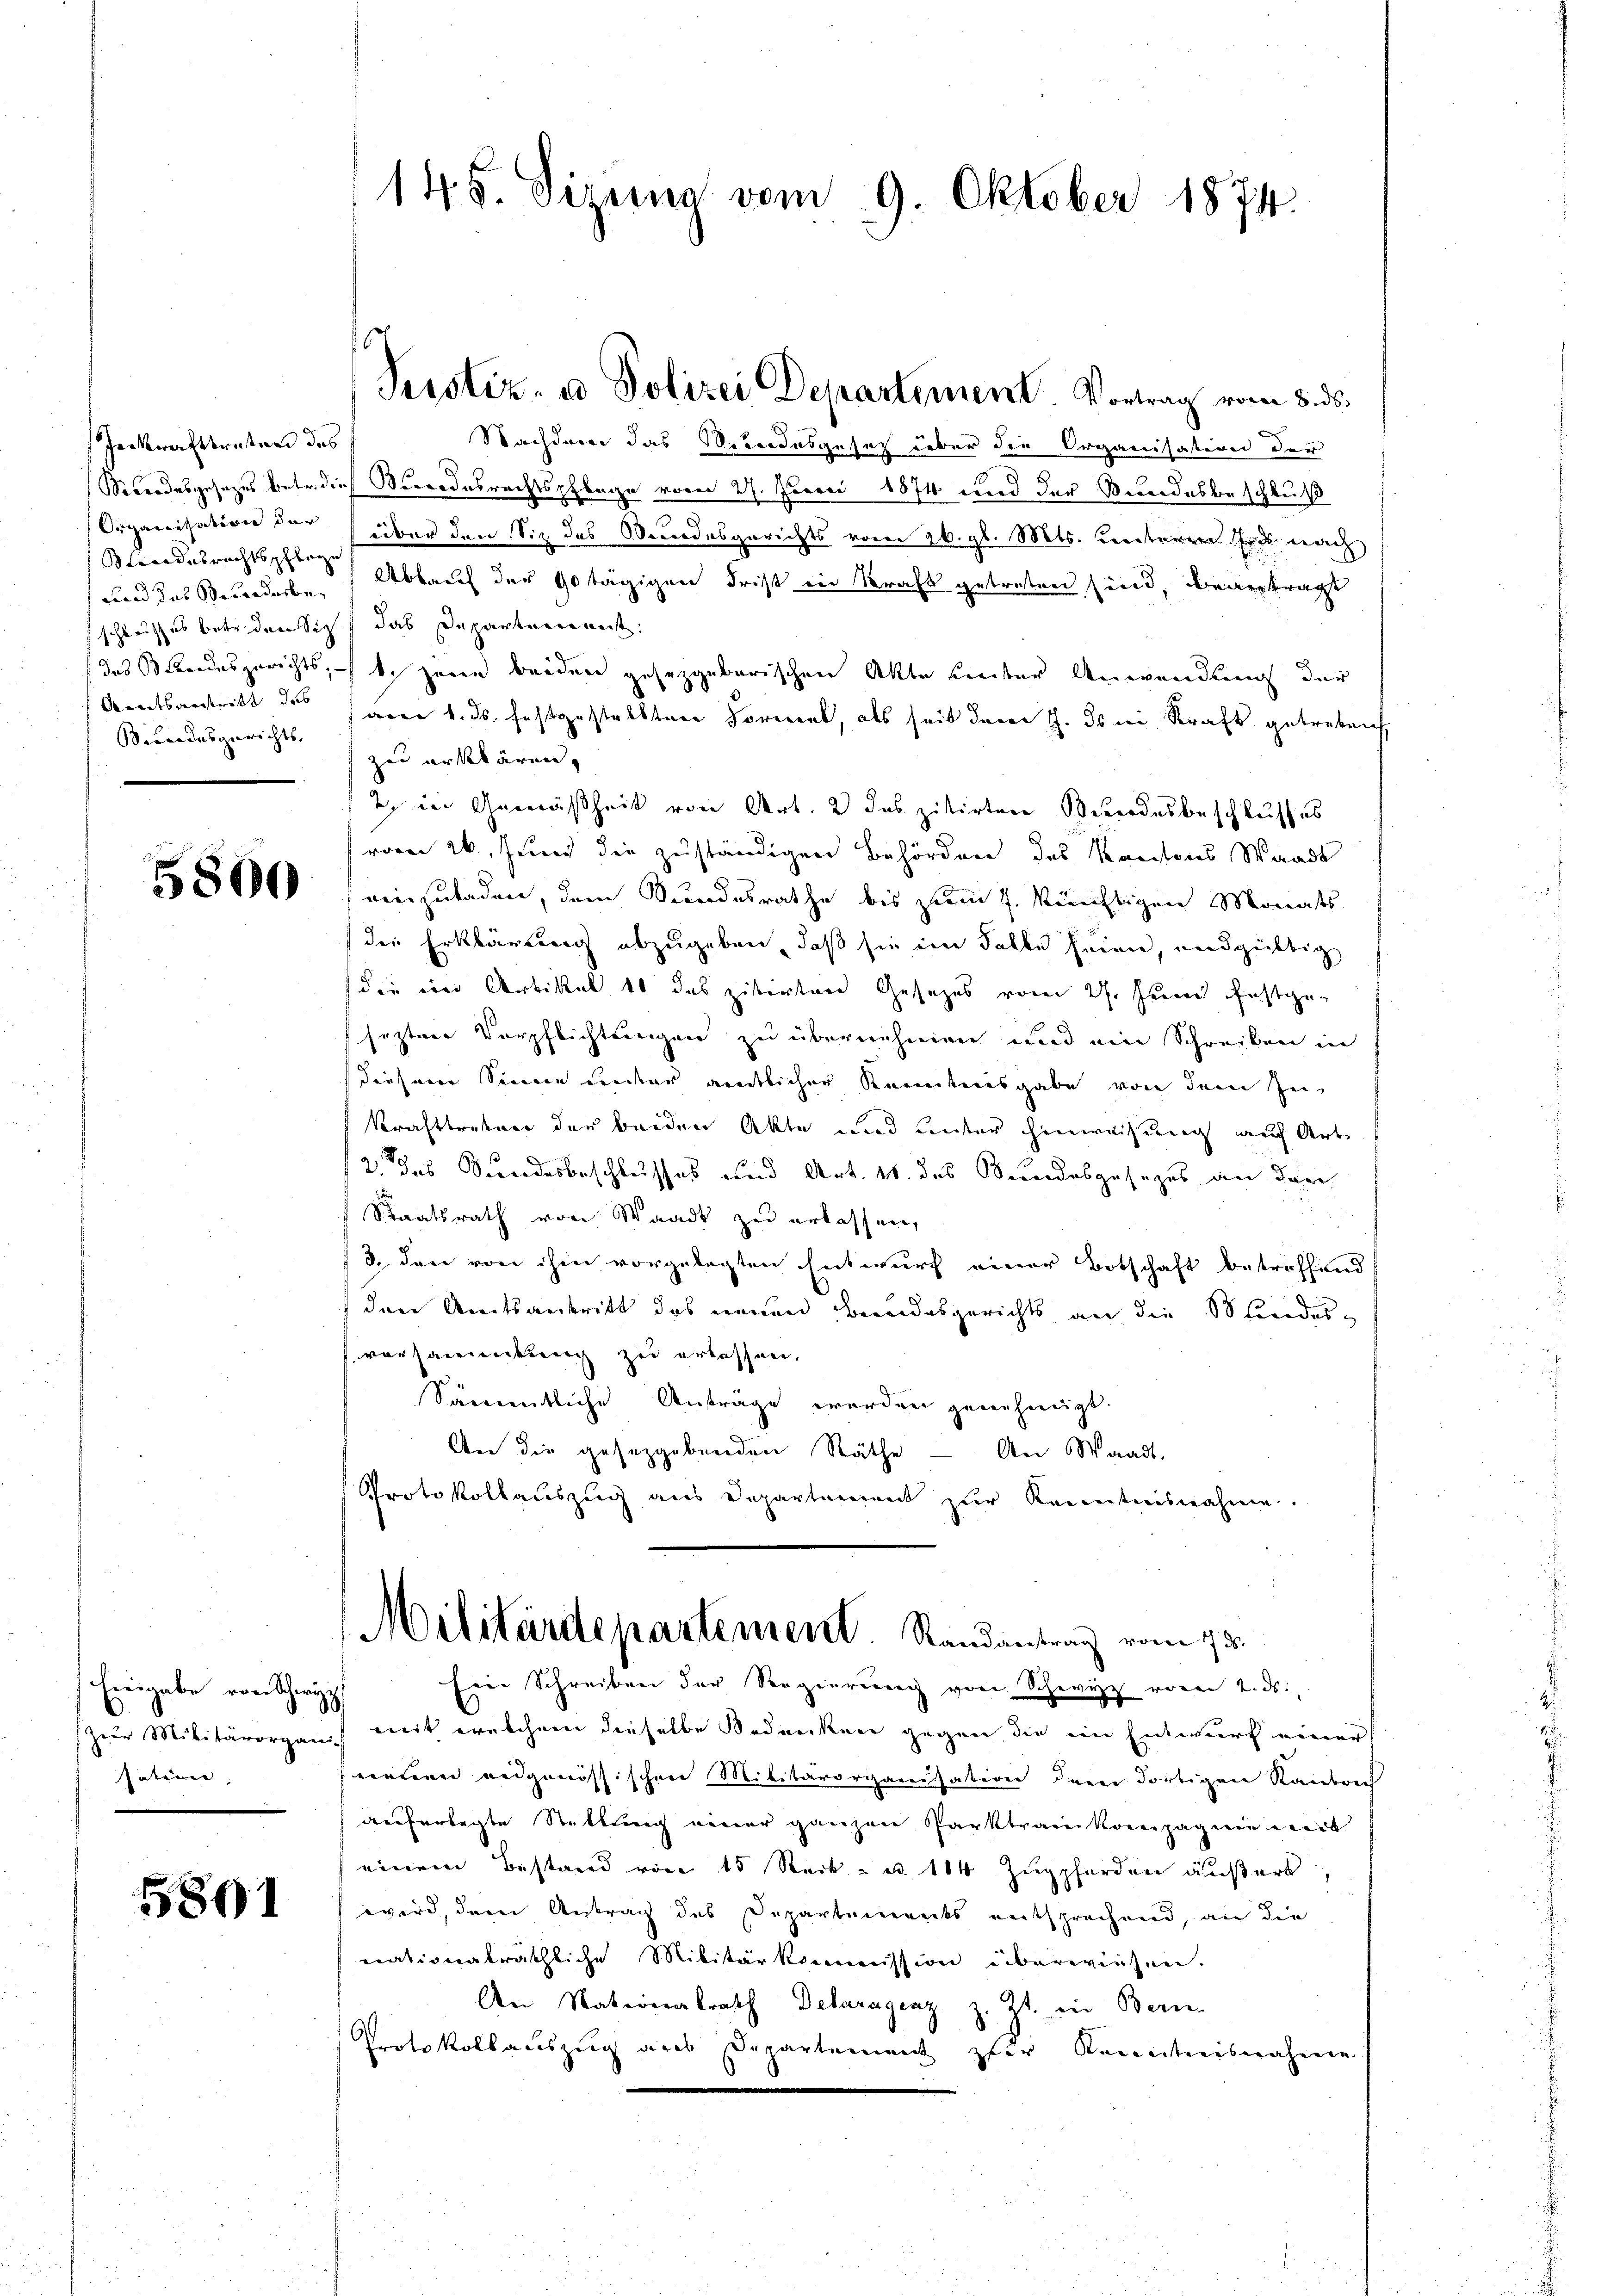
Jerkrafttreten des
und des Standerbewindesgerichts,

5800

Hieigabe von Schwyz
sation

5891

Nachdem das Verordesgesetz über die Organisation der
obondesgesezes betr. dich Bondesrechtspflege vom 27. Juni 1874 und der Bundesbeschluß
e
Orcanisation der über den Siz des Benodesgerichts vom 26. gl. Mts. unterer Er nach
desrechtspflege Ablauf der 90 tägigen Frist in Kraft getreten sind, beantragt
schlußes betr. den sich das Departenannt:
das Bundesgerichts, – b. jene beiden gesetzgebarischen Akte unter Anwendung der
Amtsantritt des samer 1. ds. festgestellten Forment, als seit dann J. ds ein Kraft getreten
zu erklären.
2) in Gemäßheit von Art. 2 das zitirter Bundesbeschlusses
vom 26. Juni die zuständigen Behörden des Kantons Waadt
einzuladen, dem Bundesrathe bis zum J. künftigen Monats
die Erklärung abzugeben, daß sie im Falbe seine, undgültig
(die in Artikel 10 das zitirten Gesetzes vom 27. Juni festgeseztere Verpflichtungen zu übernehmen und ein Schreiben in
diesene Sinne unter amtlicher Kenntnisgabe von dem In
krafttreten der beiden Akte und unter hinweisung auch Art
2 das Sundesbeschlusses und Art. 11. des Bundesgesezes an der
Staatsrath von Staadt zu erlassen,
/3. dann von ihm vorgelegten Entwurf einer Botschaft betriffend
den Amtsantritt das neuen Beendesgerichts an die Stundesvorsammtung zu erlassen.
Sämmtliche Anträge werden genehmigt.
An die gesetzgebenden Räthe — An Waadt,
Protokollauszug aus Departement zur Kenntnisnahme

145. Sizung vom 9. Oktober 1874.

Perstiz- u Polizei Departement. Vortrag vom 8. ds.

Militärdepartement. Randantrag vom 13.

Eine Schreiben der Regierung von Schwyz von 2. ds.
zeur Militärorganis mit ernschnen dieselbe Bedencken gegen die ein Entwurf einer
nennen eidgenössischen Militärorganisation dem dortigen Standrec
aeuferlegte Stetter neuer ganzen Parktrauenkreepagien weil
einem Bestand von 15 Reck- u. 114 Zuppferden äußert,
wird, dem Antrag des Departements entsprechend, an die
nationalräthliche Militärkommission überwiesen.
An Nationalrath Delaragenz z. Zt. in Bern-
Protokollauszug aus Departement zur Kenntnisnahmen.